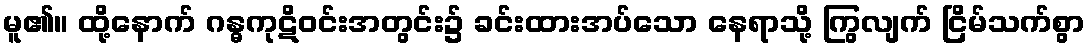
မူ၏။ ထို့နောက် ဂန္ဓကုဋိဝင်းအတွင်း၌ ခင်းထားအပ်သော နေရာသို့ ကြွလျက် ငြိမ်သက်စွာ